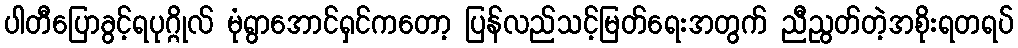
ပါတီပြောခွင့်ရပုဂ္ဂိုလ် မုံရွာအောင်ရှင်ကတော့ ပြန်လည်သင့်မြတ်ရေးအတွက် ညီညွတ်တဲ့အစိုးရတရပ်